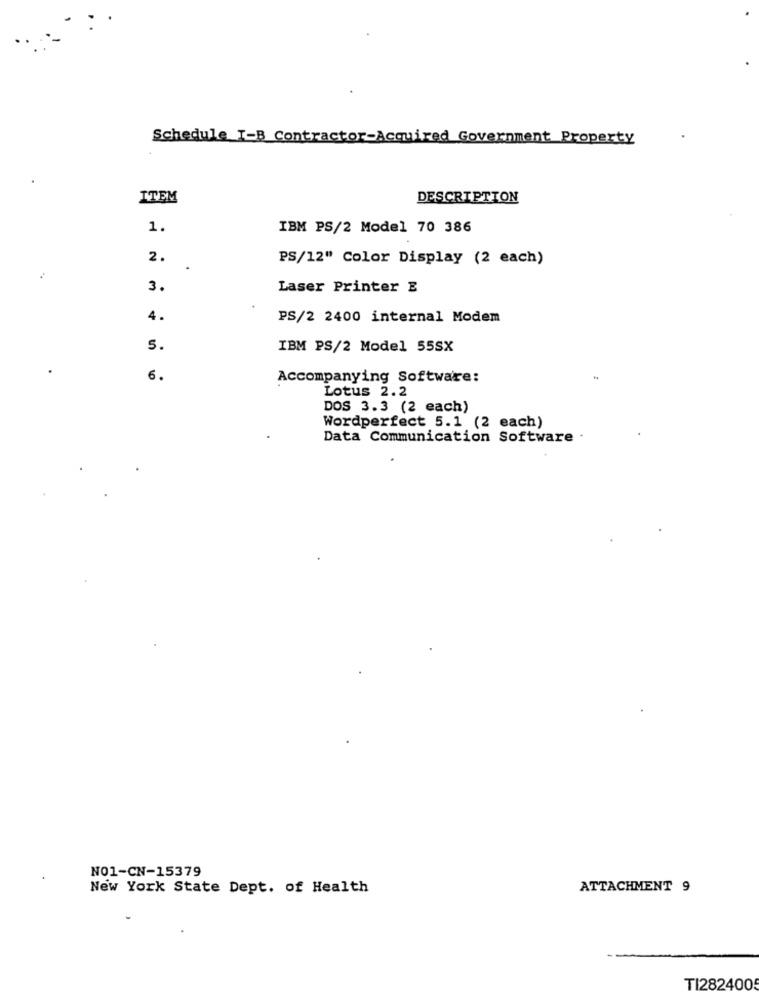
Schedule I-B Contractor-Acquired Government Property
ITEM
DESCRIPTION
1.
IBM PS/2 Model 70 386
2.
PS/12" Color Display (2 each)
3.
Laser Printer E
4.
PS/2 2400 internal Modem
5.
IBM PS/2 Model 55SX
6.
Accompanying Software:
Lotus 2.2
DOS 3.3 (2 each)
Wordperfect 5.1 (2 each)
Data Communication Software
N01-CN-15379
New York State Dept. of Health
ATTACHMENT 9
TI282400